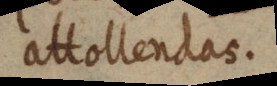
attollendas.